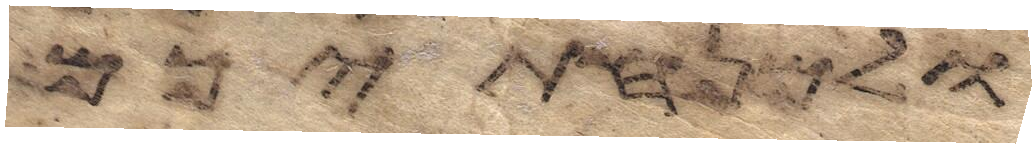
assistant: ולמנחתיכם